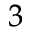
_ 3